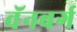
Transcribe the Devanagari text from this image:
वॅनबर्ग